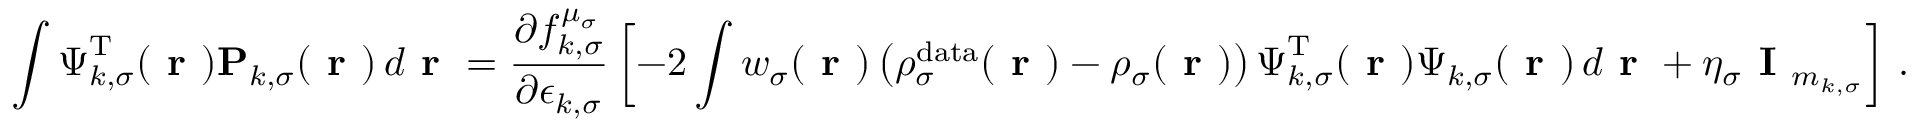
\int \boldsymbol { \Psi } _ { k , \sigma } ^ { \mathrm { T } } ( \boldsymbol { \textbf { r } } ) \mathbf { P } _ { k , \sigma } ( \boldsymbol { \textbf { r } } ) \, d \boldsymbol { \textbf { r } } = \frac { \partial f _ { k , \sigma } ^ { \mu _ { \sigma } } } { \partial \epsilon _ { k , \sigma } } \left[ - 2 \int w _ { \sigma } ( \boldsymbol { \textbf { r } } ) \left( \rho _ { \sigma } ^ { \mathrm { d a t a } } ( \boldsymbol { \textbf { r } } ) - \rho _ { \sigma } ( \boldsymbol { \textbf { r } } ) \right) \boldsymbol { \Psi } _ { k , \sigma } ^ { \mathrm { T } } ( \boldsymbol { \textbf { r } } ) \boldsymbol { \Psi } _ { k , \sigma } ( \boldsymbol { \textbf { r } } ) \, d \boldsymbol { \textbf { r } } + \eta _ { \sigma } \textbf { I } _ { m _ { k , \sigma } } \right] \, .